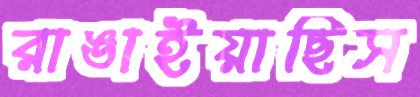
রাঙাইয়াছিস